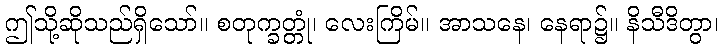
ဤသို့ဆိုသည်ရှိသော်။ စတုက္ခတ္တုံ၊ လေးကြိမ်။ အာသနေ၊ နေရာ၌။ နိသီဒိတွာ၊